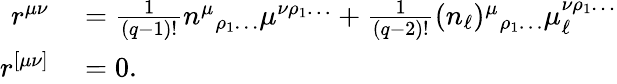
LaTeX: \begin{array}{rl}{r^{\mu\nu}}&{{}=\frac{1}{(q-1)!}n^{\mu}{}_{\rho_{1}\ldots}\mu^{\nu\rho_{1}\ldots}+\frac{1}{(q-2)!}(n_{\ell})^{\mu}{}_{\rho_{1}\ldots}\mu_{\ell}^{\nu\rho_{1}\ldots}}\\ {r^{[\mu\nu]}}&{{}=0.}\end{array}